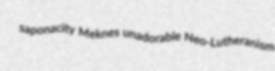
saponacity Meknes unadorable Neo-Lutheranism